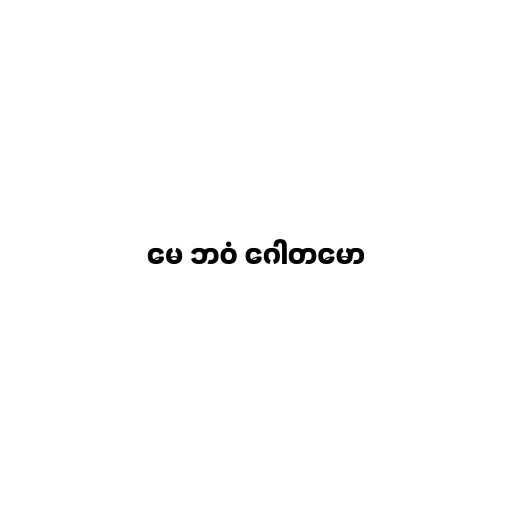
မေ ဘဝံ ဂေါတမော